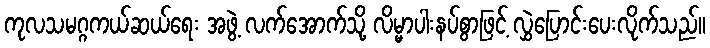
ကုလသမဂ္ဂကယ်ဆယ်ရေး အဖွဲ့ လက်အောက်သို့ လိမ္မာပါးနပ်စွာဖြင့် လွှဲပြောင်းပေးလိုက်သည်။